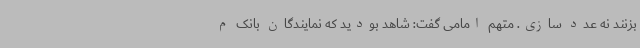
بزنند نه عدد سازی. متهم امامی گفت: شاهد بودید که نمایندگان بانک م